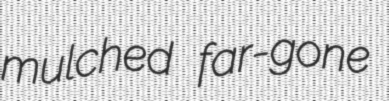
mulched far-gone